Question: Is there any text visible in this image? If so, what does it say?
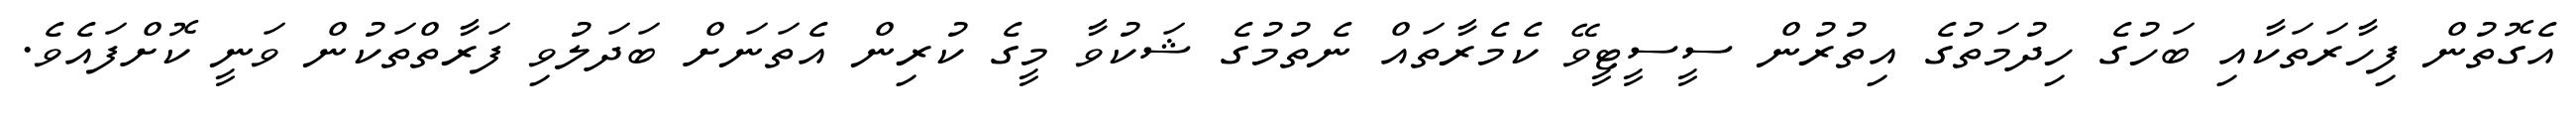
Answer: އެގޮތުން ފިހާރަތަކާއި ބަހުގެ ހިދުމަތުގެ އިތުރުން ސީސީޓީވޭ ކެމެރާތައް ނެތުމުގެ ޝަކުވާ މީގެ ކުރިން އެތަނަށް ބަދަލުވި ފަރާތްތަކުން ވަނީ ކޮށްފައެވެ.